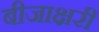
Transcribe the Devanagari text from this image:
बीजाक्षरी